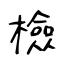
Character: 檢